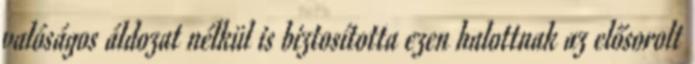
valóságos áldozat nélkül is biztosította ezen halottnak az elősorolt